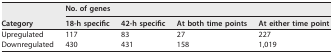
| <ROWSPAN=2> Category | <COLSPAN=4> No. of genes |
 | 18-h specific | 42-h specific | At both time points | At either time point |
 | --- | --- | --- | --- | --- |
 | Upregulated | 117 | 83 | 27 | 227 |
 | Downregulated | 430 | 431 | 158 | 1,019 |